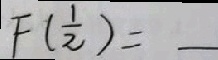
F ( \frac { 1 } { 2 } ) =